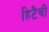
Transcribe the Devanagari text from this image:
हिटैची